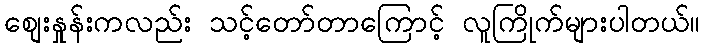
စျေးနှုန်းကလည်း သင့်တော်တာကြောင့် လူကြိုက်များပါတယ်။